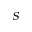
s